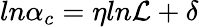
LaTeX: ln\alpha_{c}=\eta ln\mathcal{L}+\delta